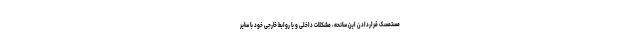
مستمسک قراردادن این سانحه، مشکلات داخلی و یا روابط خارجی خود با سایر